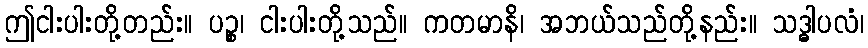
ဤငါးပါးတို့တည်း။ ပဉ္စ၊ ငါးပါးတို့သည်။ ကတမာနိ၊ အဘယ်သည်တို့နည်း။ သဒ္ဓါပလံ၊